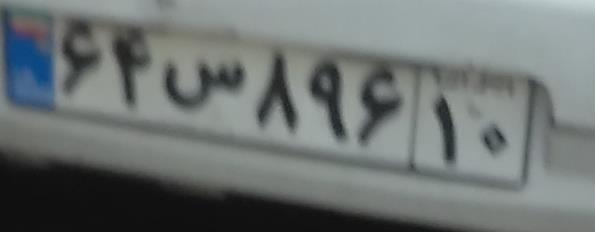
۶۴س۸۹۶۱۰